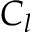
C _ { l }